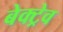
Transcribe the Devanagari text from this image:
बेक्ट्रेव